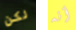
لكن أنه